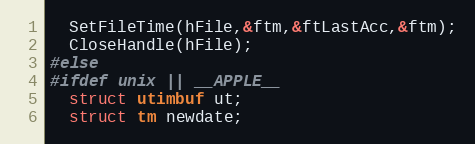
Language: C
  SetFileTime(hFile,&ftm,&ftLastAcc,&ftm);
  CloseHandle(hFile);
#else
#ifdef unix || __APPLE__
  struct utimbuf ut;
  struct tm newdate;